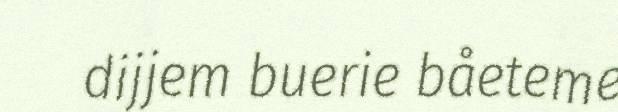
dijjem buerie båeteme